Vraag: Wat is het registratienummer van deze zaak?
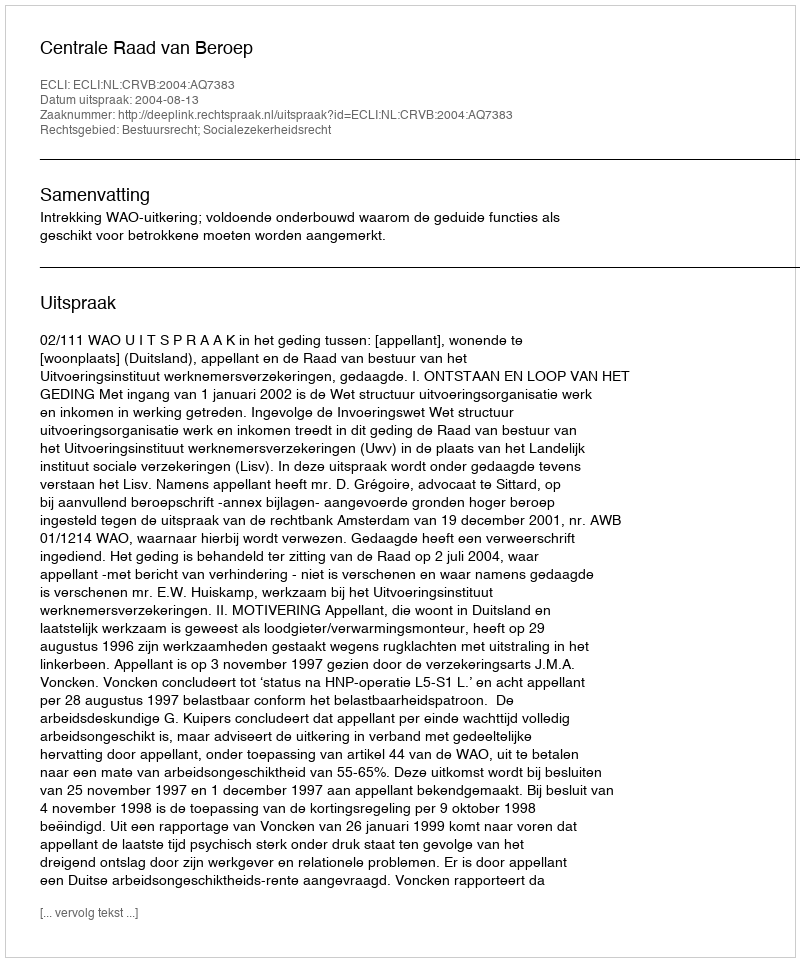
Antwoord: http://deeplink.rechtspraak.nl/uitspraak?id=ECLI:NL:CRVB:2004:AQ7383